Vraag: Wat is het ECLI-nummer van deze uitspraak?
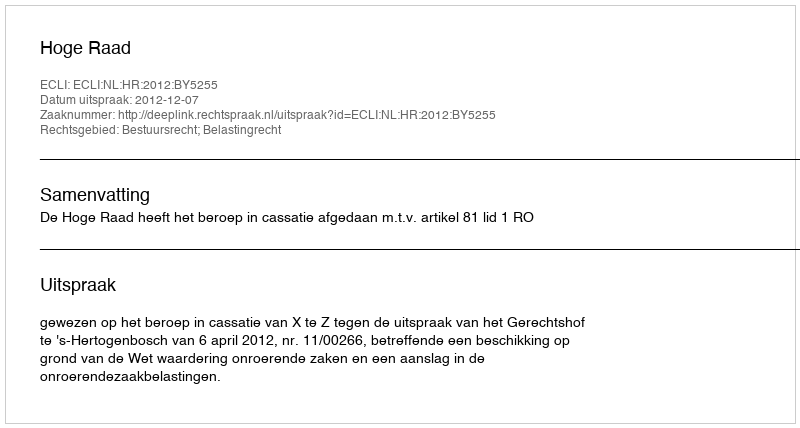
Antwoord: ECLI:NL:HR:2012:BY5255